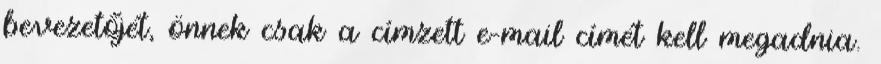
bevezetőjét, önnek csak a címzett e-mail címét kell megadnia.